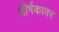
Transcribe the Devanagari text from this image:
शीर्षकावर